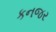
કનજર